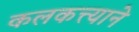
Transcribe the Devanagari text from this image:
कलकत्त्याने